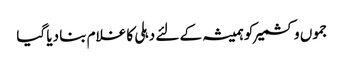
جموں وکشمیر کو ہمیشہ کے لئے دہلی کا غلام بنا دیا گیا